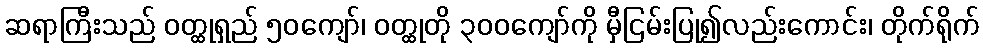
ဆရာကြီးသည် ဝတ္ထုရှည် ၅၀ကျော်၊ ဝတ္ထုတို ၃၀၀ကျော်ကို မှီငြမ်းပြု၍လည်းကောင်း၊ တိုက်ရိုက်